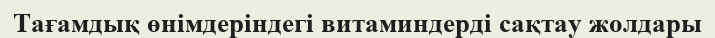
Тағамдық өнімдеріндегі витаминдерді сақтау жолдары